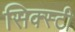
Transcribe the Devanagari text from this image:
सिक्स्टी